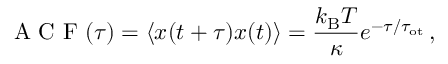
\mathrm { ~ A ~ C ~ F ~ } ( \tau ) = \left\langle x ( t + \tau ) x ( t ) \right\rangle = \frac { k _ { \mathrm { B } } T } { \kappa } e ^ { - \tau / \tau _ { \mathrm { o t } } } \, ,